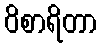
ဝိစာရိတာ